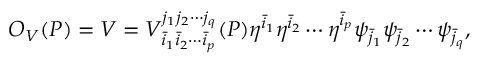
{ \cal O } _ { V } ( P ) = V = V _ { { \bar { i } } _ { 1 } { \bar { i } } _ { 2 } \cdots { \bar { i } } _ { p } } ^ { j _ { 1 } j _ { 2 } \cdots j _ { q } } ( P ) \eta ^ { \bar { i } _ { 1 } } \eta ^ { \bar { i } _ { 2 } } \cdots \eta ^ { \bar { i } _ { p } } \psi _ { \bar { j } _ { 1 } } \psi _ { \bar { j } _ { 2 } } \cdots \psi _ { \bar { j } _ { q } } ,